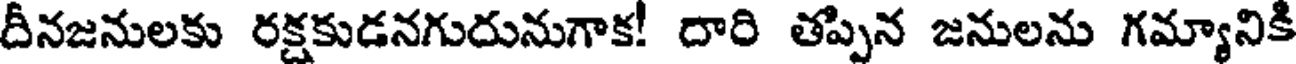
దీనజనులకు రక్షకుడనగుదునుగాక! దారి తప్పిన జనులను గమ్యానికి